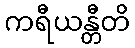
ကရီယန္တီတိ